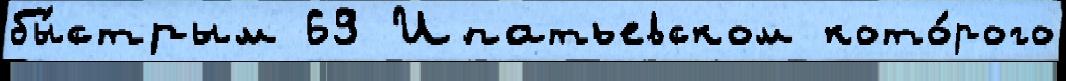
бы́стрым 69 Ипатьевском кото́рого